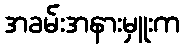
အခမ်းအနားမှူးက